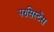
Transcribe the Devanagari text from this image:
परसिस्टैंस